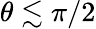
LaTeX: \theta\lesssim\pi/2